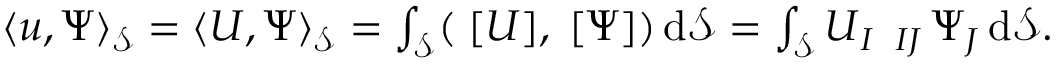
\begin{array} { r } { \langle \boldsymbol { u } , \boldsymbol { \Psi } \rangle _ { \mathcal { S } } = \langle \boldsymbol { U } , \boldsymbol { \Psi } \rangle _ { \mathcal { S } } = \int _ { \mathcal { S } } ( \operatorname { \Pi } [ \boldsymbol { U } ] , \operatorname { \Pi } [ \boldsymbol { \Psi } ] ) \, \mathrm { d } \mathcal { S } = \int _ { \mathcal { S } } \boldsymbol { U } _ { I } \operatorname { \Pi } _ { I J } \boldsymbol { \Psi } _ { J } \, \mathrm { d } \mathcal { S } . } \end{array}